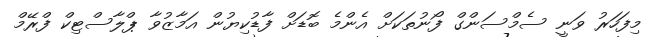
މިފަހަރު ވަނީ ސެމްސަންގް ފޯނުތަކަށް އެންމެ ބޮޑަށް ފާޑުކިޔުން އަމާޒުވާ ޕްލާސްޓިކް ފްރޭމް